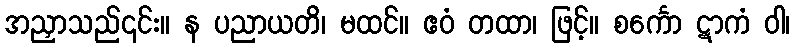
အညှာသည်၎င်း။ န ပညာယတိ၊ မထင်။ ဧဝံ တထာ၊ ဖြင့်။ စင်္ကော ဋာကံ ဝါ၊